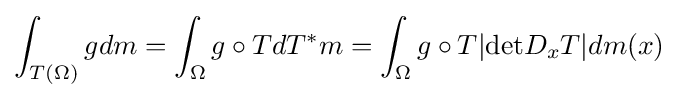
\int _{T(\Omega )}gdm=\int _{\Omega }g\circ TdT^{*}m=\int _{\Omega }g\circ T|{\text{det}}D_{x}T|dm(x)